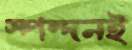
স্পন্দনই